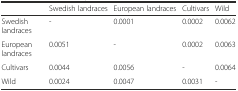
<table><thead><tr><td></td><td><b>Swedish landraces</b></td><td><b>European landraces</b></td><td><b>Cultivars</b></td><td><b>Wild</b></td></tr></thead><tbody><tr><td>Swedish landraces</td><td>-</td><td>0.0001</td><td>0.0002</td><td>0.0062</td></tr><tr><td>European landraces</td><td>0.0051</td><td>-</td><td>0.0002</td><td>0.0063</td></tr><tr><td>Cultivars</td><td>0.0044</td><td>0.0056</td><td>-</td><td>0.0064</td></tr><tr><td>Wild</td><td>0.0024</td><td>0.0047</td><td>0.0031</td><td>-</td></tr></tbody></table>